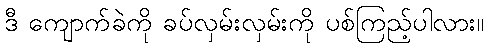
ဒီ ကျောက်ခဲကို ခပ်လှမ်းလှမ်းကို ပစ်ကြည့်ပါလား။